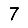
Digit: 7